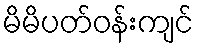
မိမိပတ်ဝန်းကျင်